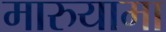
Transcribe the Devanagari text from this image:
मारुयामा